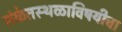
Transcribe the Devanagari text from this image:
संकेतस्थळाविषयीचा